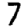
Digit: 7